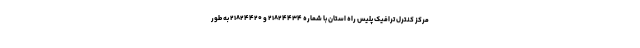
مرکز کنترل ترافیک پلیس راه استان با شماره ۲۱۸۲۴۴۳۴ و ۲۱۸۲۴۴۲۰ به طور